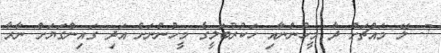
7. ލޭ މައްޗަށް ދާ މީހުންނާއި ހަކުރުބަލީގެ މީހުންނަށް އަދި ގައިންގަޔަށް ނާރާ